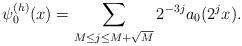
LaTeX: \begin{align*}\psi_0^{(h)}(x) = \sum_{M\le j\le M+\sqrt M}2^{-3j} a_0(2^jx).\end{align*}